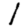
Digit: 1